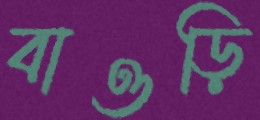
বাওড়ি